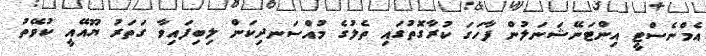
އެމްނެސްޓީ އިންޓަނޭޝަނަލުން ފާހަގަ ކުރާގޮތުގައި ތެލުގެ މުއްސަނދިކަން ލިބިފައިވާ ގަތަރު ޔޫއޭއީ ކުވޭތު